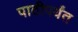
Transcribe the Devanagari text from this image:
पाठीपर्यंत